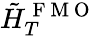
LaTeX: \tilde{H}_{T}^{\mathrm{~F~M~O~}}